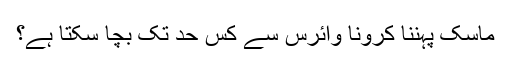
ماسک پہننا کرونا وائرس سے کس حد تک بچا سکتا ہے؟